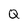
Character: Q